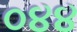
૦૪૪